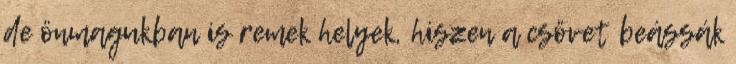
de önmagukban is remek helyek, hiszen a csövet beássák